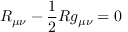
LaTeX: R _ { \mu \nu } - \frac { 1 } { 2 } R g _ { \mu \nu } = 0